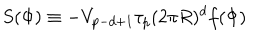
S ( \Phi ) \equiv - V _ { p - d + 1 } \tau _ { p } ( 2 \pi R ) ^ { d } f ( \Phi )